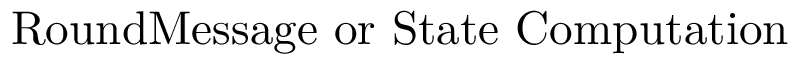
\mathrm { R o u n d M e s s a g e ~ o r ~ S t a t e ~ C o m p u t a t i o n }